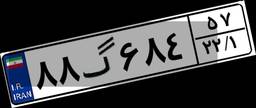
۸۸گ۶۸۴۵۷